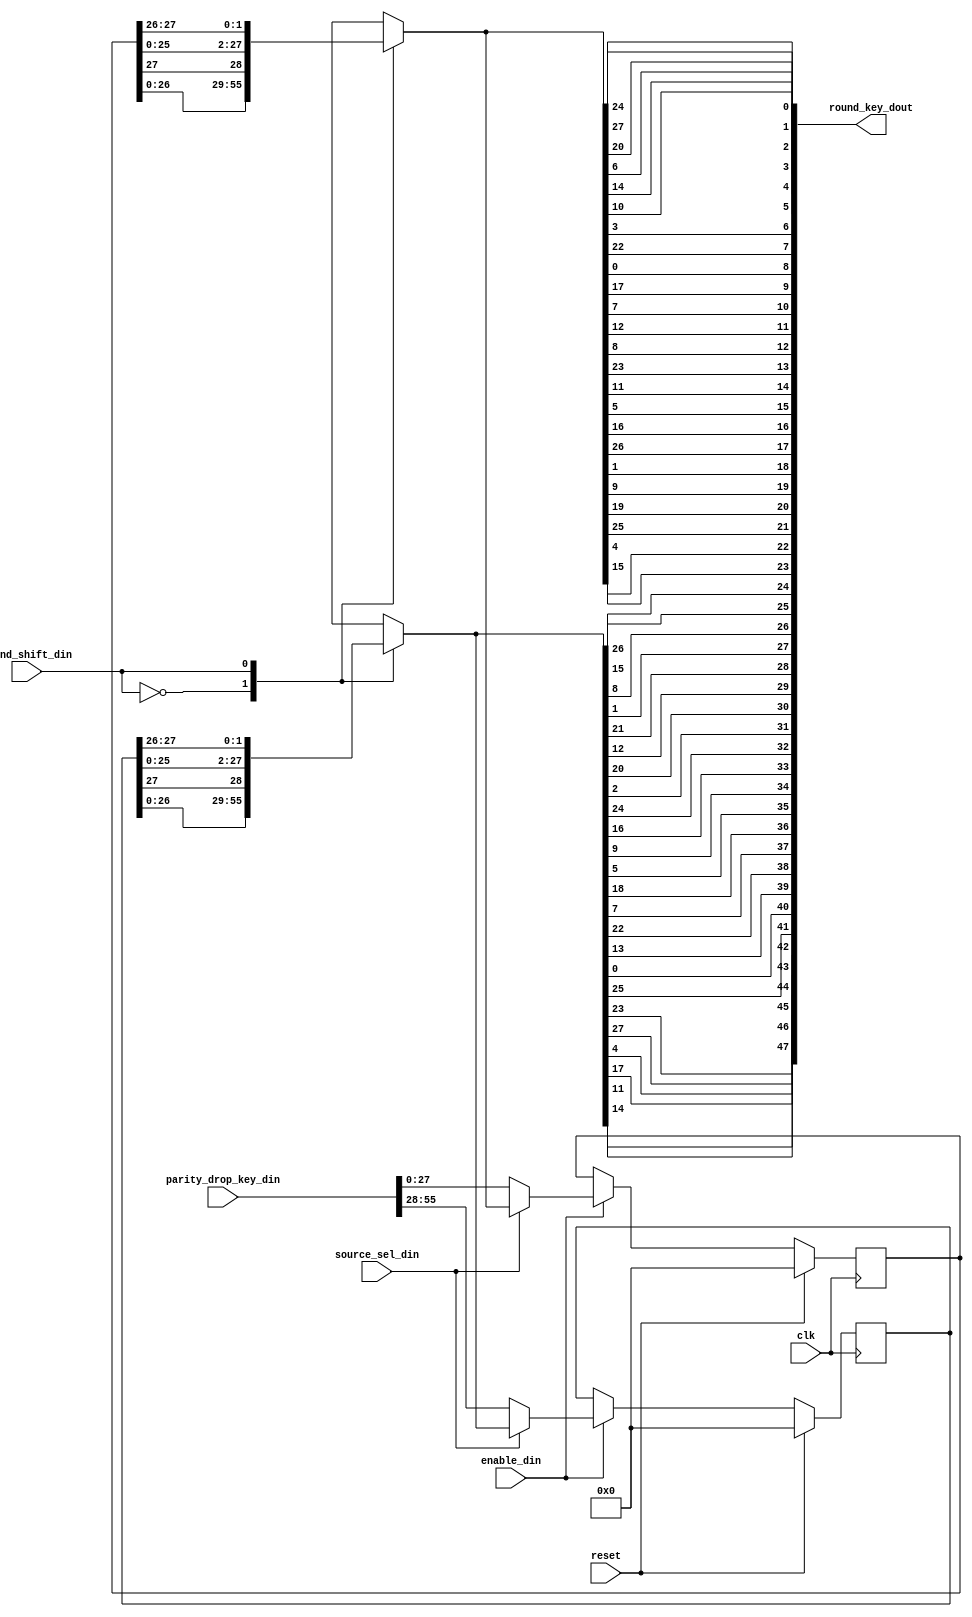
module des_key_generator
	(
		input wire clk,
		input wire reset,

	// -- input -------------------------------------------------- >>>>>
		input wire 			enable_din,
		input wire 			source_sel_din,
		input wire 			round_shift_din,

		input wire  [0:55]	parity_drop_key_din,

	// -- output ------------------------------------------------- >>>>>
		output wire [0:47]	round_key_dout
    );


// -- Declaracion temparana de seales --------------------------- >>>>>
	reg [0:27]	upper_key_reg;
	reg [0:27]	lower_key_reg;



// -- Selector de origen de datos -------------------------------- >>>>>
	wire [0:27]	round_upper_key;
	wire [0:27]	round_lower_key;

	assign round_upper_key = (source_sel_din) ? upper_key_shifted : parity_drop_key_din[28:55];
	assign round_lower_key = (source_sel_din) ? lower_key_shifted : parity_drop_key_din[0:27];


// -- Registros de entrada --------------------------------------- >>>>>
	always @(posedge clk)
		if (reset)
			begin
				upper_key_reg <= {28{1'b0}};
				lower_key_reg <= {28{1'b0}};
			end
		else
			if (enable_din)
				begin
					upper_key_reg <= round_upper_key;
					lower_key_reg <= round_lower_key;
				end


// -- Circular Shifters ------------------------------------------ >>>>>
	reg [0:27]	upper_key_shifted;
	reg [0:27]	lower_key_shifted;

	always @(*)
		case (round_shift_din)
			1'b0:
				begin
					upper_key_shifted = {upper_key_reg[1:27], upper_key_reg[0]};
					lower_key_shifted = {lower_key_reg[1:27], lower_key_reg[0]};
				end

			1'b1:
				begin
					upper_key_shifted = {upper_key_reg[2:27], upper_key_reg[0:1]};
					lower_key_shifted = {lower_key_reg[2:27], lower_key_reg[0:1]};
				end
		endcase

// -- Key Compression Box ---------------------------------------- >>>>>
	wire [0:55]	rejoin_key;

	assign rejoin_key = {lower_key_shifted, upper_key_shifted};

	assign round_key_dout [0 +: 8] = 	{
											rejoin_key[13],
											rejoin_key[16],
											rejoin_key[10],
											rejoin_key[23],
											rejoin_key[0],
											rejoin_key[4],
											rejoin_key[2],
											rejoin_key[27]
										};

	assign round_key_dout [8 +: 8] = 	{
											rejoin_key[14],
											rejoin_key[5],
											rejoin_key[20],
											rejoin_key[9],
											rejoin_key[22],
											rejoin_key[18],
											rejoin_key[11],
											rejoin_key[3]
										};

	assign round_key_dout [16 +: 8] = 	{
											rejoin_key[25],
											rejoin_key[7],
											rejoin_key[15],
											rejoin_key[6],
											rejoin_key[26],
											rejoin_key[19],
											rejoin_key[12],
											rejoin_key[1]
										};

	assign round_key_dout [24 +: 8] = 	{
											rejoin_key[40],
											rejoin_key[51],
											rejoin_key[30],
											rejoin_key[36],
											rejoin_key[46],
											rejoin_key[54],
											rejoin_key[29],
											rejoin_key[39]
										};

	assign round_key_dout [32 +: 8] = 	{
											rejoin_key[50],
											rejoin_key[44],
											rejoin_key[32],
											rejoin_key[47],
											rejoin_key[43],
											rejoin_key[48],
											rejoin_key[38],
											rejoin_key[55]
										};

	assign round_key_dout [40 +: 8] = 	{
											rejoin_key[33],
											rejoin_key[52],
											rejoin_key[45],
											rejoin_key[41],
											rejoin_key[49],
											rejoin_key[35],
											rejoin_key[28],
											rejoin_key[31]
										};


endmodule